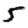
Digit: 5